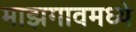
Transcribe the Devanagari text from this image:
माझगावमध्ये